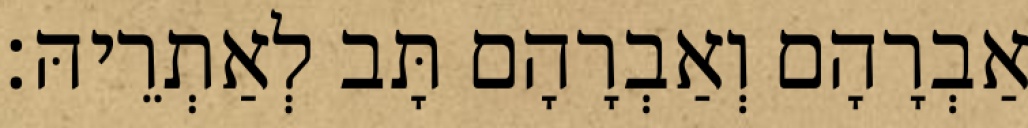
אַבְרָהָם וְאַבְרָהָם תָּב לְאַתְרֵיהּ׃